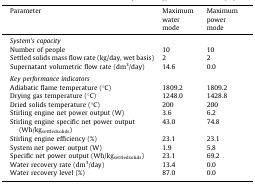
| Parameter | Maximum water mode | Maximum power mode |
 | --- | --- | --- |
 | <COLSPAN=3> System’s capacity |
 | Number of people | 10 | 10 |
 | Settled solids mass flow rate (kg/day, wet basis) | 2 | 2 |
 | Supernatant volumetric flow rate (dm3/day) | 14.6 | 0.0 |
 | <COLSPAN=3>  |
 | <COLSPAN=3> Key performance indicators |
 | Adiabatic flame temperature (°C) | 1809.2 | 1809.2 |
 | Drying gas temperature (°C) | 1248.0 | 1428.8 |
 | Dried solids temperature (°C) | 200 | 200 |
 | Stirling engine net power output (W) | 3.6 | 6.2 |
 | Stirling engine specific net power output (Wh/kgsettledsolids) | 43.0 | 74.8 |
 | Stirling engine efficiency (%) | 23.1 | 23.1 |
 | System net power output (W) | 1.9 | 5.8 |
 | Specific net power output (Wh/kgsettledsolids) | 23.1 | 69.2 |
 | Water recovery rate (dm3/day) | 13.4 | 0.0 |
 | Water recovery level (%) | 87.0 | 0.0 |